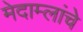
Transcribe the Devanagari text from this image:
मेदाम्लांचे